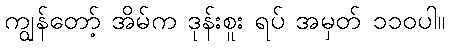
ကျွန်တော့် အိမ်က ဒုန်းစူး ရပ် အမှတ် ၁၁၀ပါ။